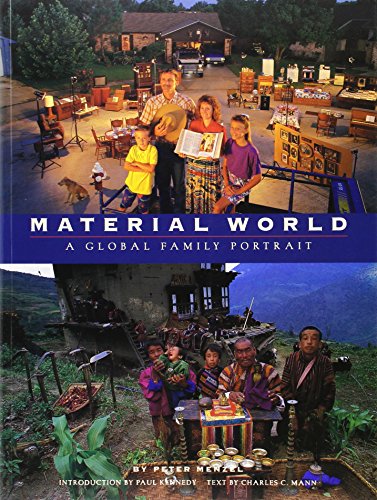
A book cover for Material World: A Global Family Portrait; Peter Menzel; Arts & Photography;